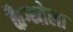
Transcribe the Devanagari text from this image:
कैग्नोला